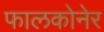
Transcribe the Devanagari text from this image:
फालकोनेर